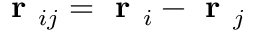
\textbf { r } _ { i j } = \textbf { r } _ { i } - \textbf { r } _ { j }